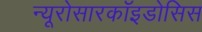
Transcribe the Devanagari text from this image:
न्यूरोसारकॉइडोसिस